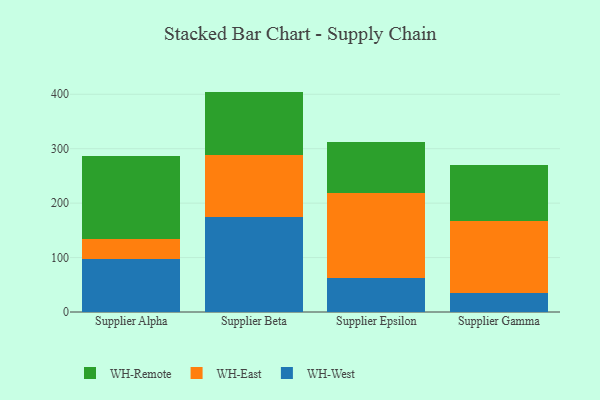
{"axis": {"x": "Supplier", "y": "Page Views"}, "legend": ["WH-East", "WH-Remote", "WH-West"], "data": [{"x": "Supplier Alpha", "y": 97.5, "type": "WH-West"}, {"x": "Supplier Alpha", "y": 35.9, "type": "WH-East"}, {"x": "Supplier Alpha", "y": 153.7, "type": "WH-Remote"}, {"x": "Supplier Beta", "y": 174.2, "type": "WH-West"}, {"x": "Supplier Beta", "y": 113.7, "type": "WH-East"}, {"x": "Supplier Beta", "y": 117.0, "type": "WH-Remote"}, {"x": "Supplier Epsilon", "y": 62.9, "type": "WH-West"}, {"x": "Supplier Epsilon", "y": 156.5, "type": "WH-East"}, {"x": "Supplier Epsilon", "y": 93.3, "type": "WH-Remote"}, {"x": "Supplier Gamma", "y": 34.5, "type": "WH-West"}, {"x": "Supplier Gamma", "y": 132.2, "type": "WH-East"}, {"x": "Supplier Gamma", "y": 104.2, "type": "WH-Remote"}]}